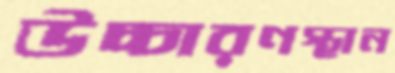
উচ্চারণস্থান